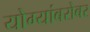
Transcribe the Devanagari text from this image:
योग्यांबरोबर